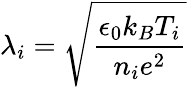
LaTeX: \lambda_{i}=\sqrt{\frac{\epsilon_{0}k_{B}T_{i}}{n_{i}e^{2}}}